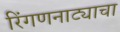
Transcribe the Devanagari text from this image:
रिंगणनाट्याचा